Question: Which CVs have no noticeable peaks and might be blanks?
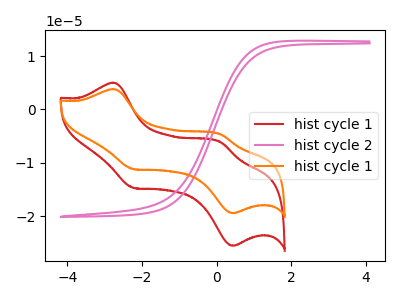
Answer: <think>The red curve "hist cycle 1" has anodic peaks at (-2.75V, 5.00uA) (0.10V, -6.10uA) and cathodic peaks at (-2.25V, -14.65uA) (0.45V, -25.45uA). The pink curve "hist cycle 2" has no peaks. The orange curve "hist cycle 1" has anodic peaks at (-2.75V, 3.80uA) (0.10V, -4.65uA) and cathodic peaks at (-2.25V, -11.10uA) (0.45V, -19.35uA).</think>
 <answer>"hist cycle 2" is likely to be a blank.</answer>
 <eval>hist cycle 2</eval>